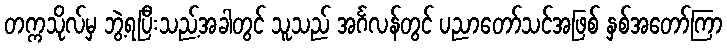
တက္ကသိုလ်မှ ဘွဲ့ရပြီးသည့်အခါတွင် သူသည် အင်္ဂလန်တွင် ပညာတော်သင်အဖြစ် နှစ်အတော်ကြာ